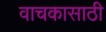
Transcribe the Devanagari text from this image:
वाचकासाठी